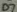
Text: D7